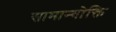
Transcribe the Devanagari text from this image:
सामान्योक्ति